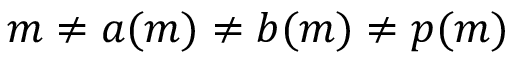
m \neq a ( m ) \neq b ( m ) \neq p ( m )